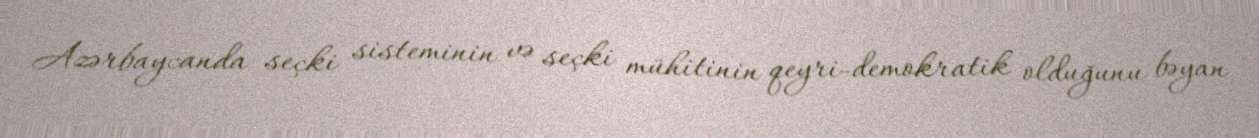
Azərbaycanda seçki sisteminin və seçki mühitinin qeyri-demokratik olduğunu bəyan